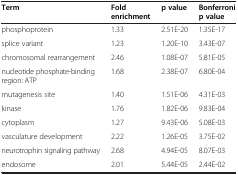
| Term | Fold enrichment | p value | Bonferroni p value |
 | --- | --- | --- | --- |
 | phosphoprotein | 1.33 | 2.51E-20 | 1.35E-17 |
 | splice variant | 1.23 | 1.20E-10 | 3.43E-07 |
 | chromosomal rearrangement | 2.46 | 1.08E-07 | 5.81E-05 |
 | nucleotide phosphate-binding region: ATP | 1.68 | 2.38E-07 | 6.80E-04 |
 | mutagenesis site | 1.40 | 1.51E-06 | 4.31E-03 |
 | kinase | 1.76 | 1.82E-06 | 9.83E-04 |
 | cytoplasm | 1.27 | 9.43E-06 | 5.08E-03 |
 | vasculature development | 2.22 | 1.26E-05 | 3.75E-02 |
 | neurotrophin signaling pathway | 2.68 | 4.94E-05 | 8.07E-03 |
 | endosome | 2.01 | 5.44E-05 | 2.44E-02 |